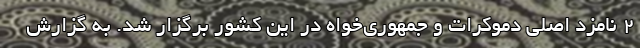
2 نامزد اصلی دموکرات و جمهوری‌‌خواه در این کشور برگزار شد. به گزارش